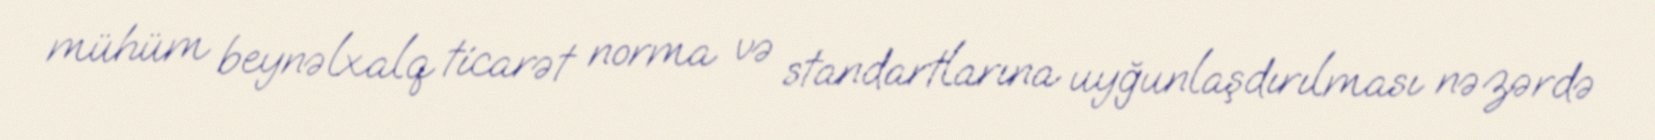
mühüm beynəlxalq ticarət norma və standartlarına uyğunlaşdırılması nəzərdə